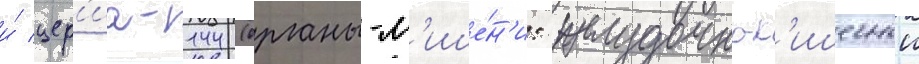
и́ цер'иа-144 (органы-м'ише́н'и: желудочно-к'ишечныи